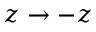
z \rightarrow - z